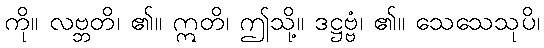
ကို။ လဗ္ဘတိ၊ ၏။ ဣတိ၊ ဤသို့။ ဒဋ္ဌဗ္ဗံ၊ ၏။ သေသေသုပိ၊